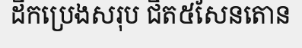
ដឹកប្រេងសរុប ជិត៥សែនតោន